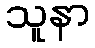
သူနာ